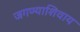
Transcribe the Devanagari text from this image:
जगण्याशिवाय